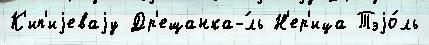
К'ип'иjеваjу Др'ещанка-́ль Н'ер'ица Тэjо́ль